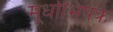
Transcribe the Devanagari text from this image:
मूर्धाभिषेक